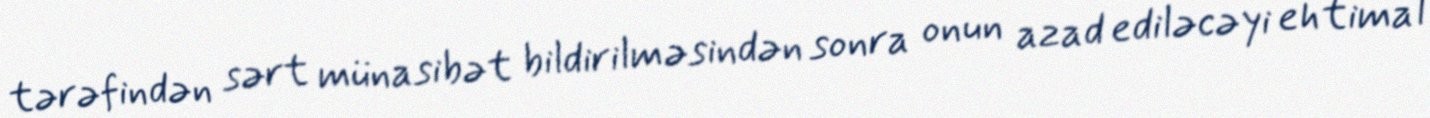
tərəfindən sərt münasibət bildirilməsindən sonra onun azad ediləcəyi ehtimal